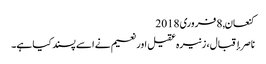
کنعان, ‏8 فروری 2018
ناصر إقبال، زنیرہ عقیل اور نعیم نے اسے پسند کیا ہے۔